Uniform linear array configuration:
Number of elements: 48
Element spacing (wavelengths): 1
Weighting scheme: exponential
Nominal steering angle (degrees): -15
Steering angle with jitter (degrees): -14.51
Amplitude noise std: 0.05
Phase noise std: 0.05

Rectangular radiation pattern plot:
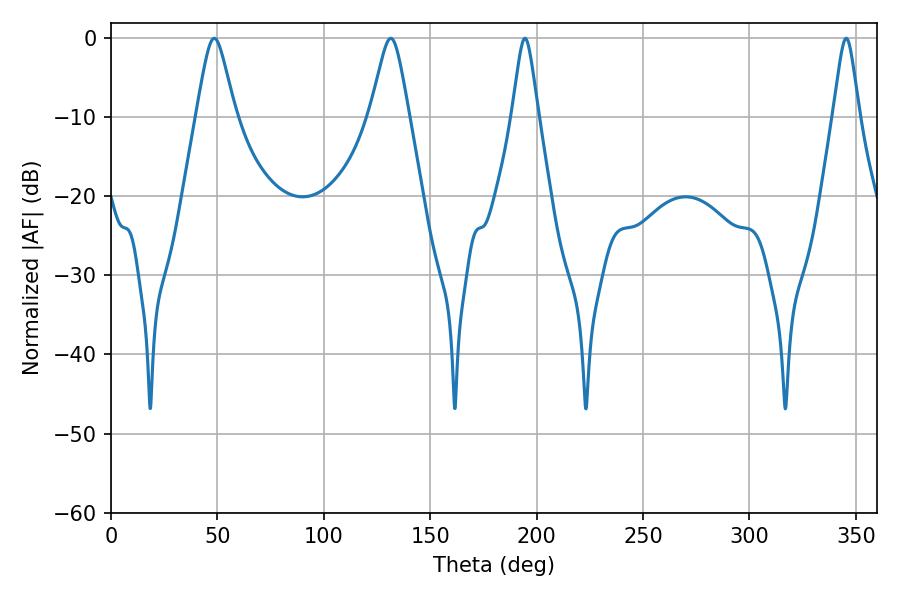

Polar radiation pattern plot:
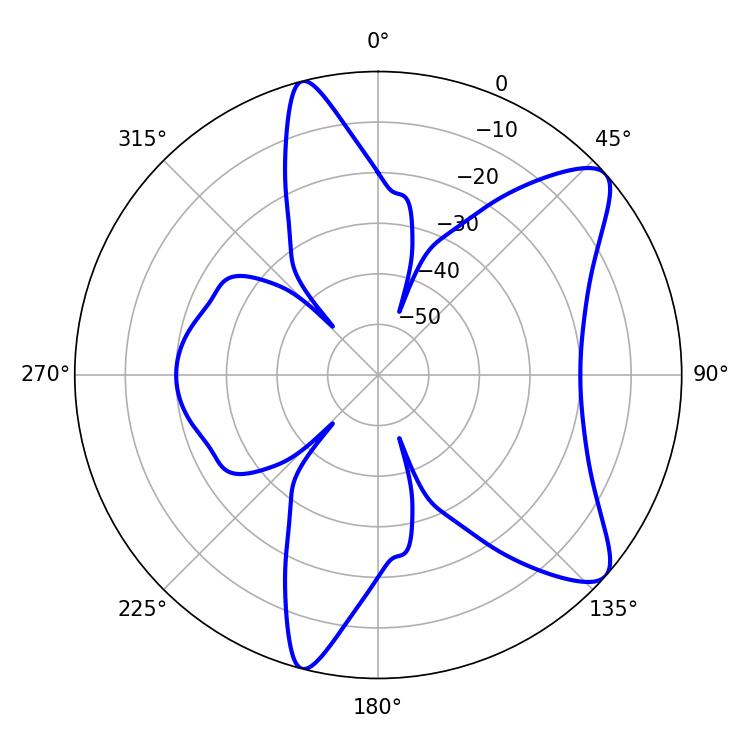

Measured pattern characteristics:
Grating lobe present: TRUE
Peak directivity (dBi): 9.541
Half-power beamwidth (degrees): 8.64
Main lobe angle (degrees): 131.4